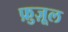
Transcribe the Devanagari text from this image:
फ़ुज़ूल